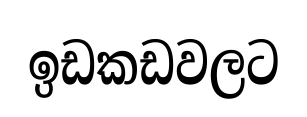
ඉඩකඩවලට